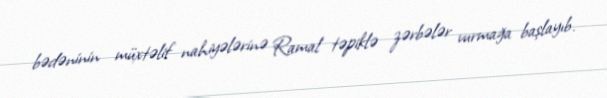
bədəninin müxtəlif nahiyələrinə Ramal təpiklə zərbələr vurmağa başlayıb.